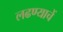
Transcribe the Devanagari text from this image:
लढण्याचें